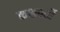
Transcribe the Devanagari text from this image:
कक्षवर्ती